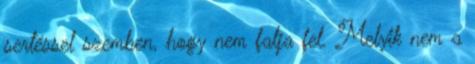
sertéssel szemben, hogy nem falja fel. Melyik nem a